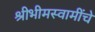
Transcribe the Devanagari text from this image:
श्रीभीमस्वामींचे